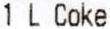
1 L COKE